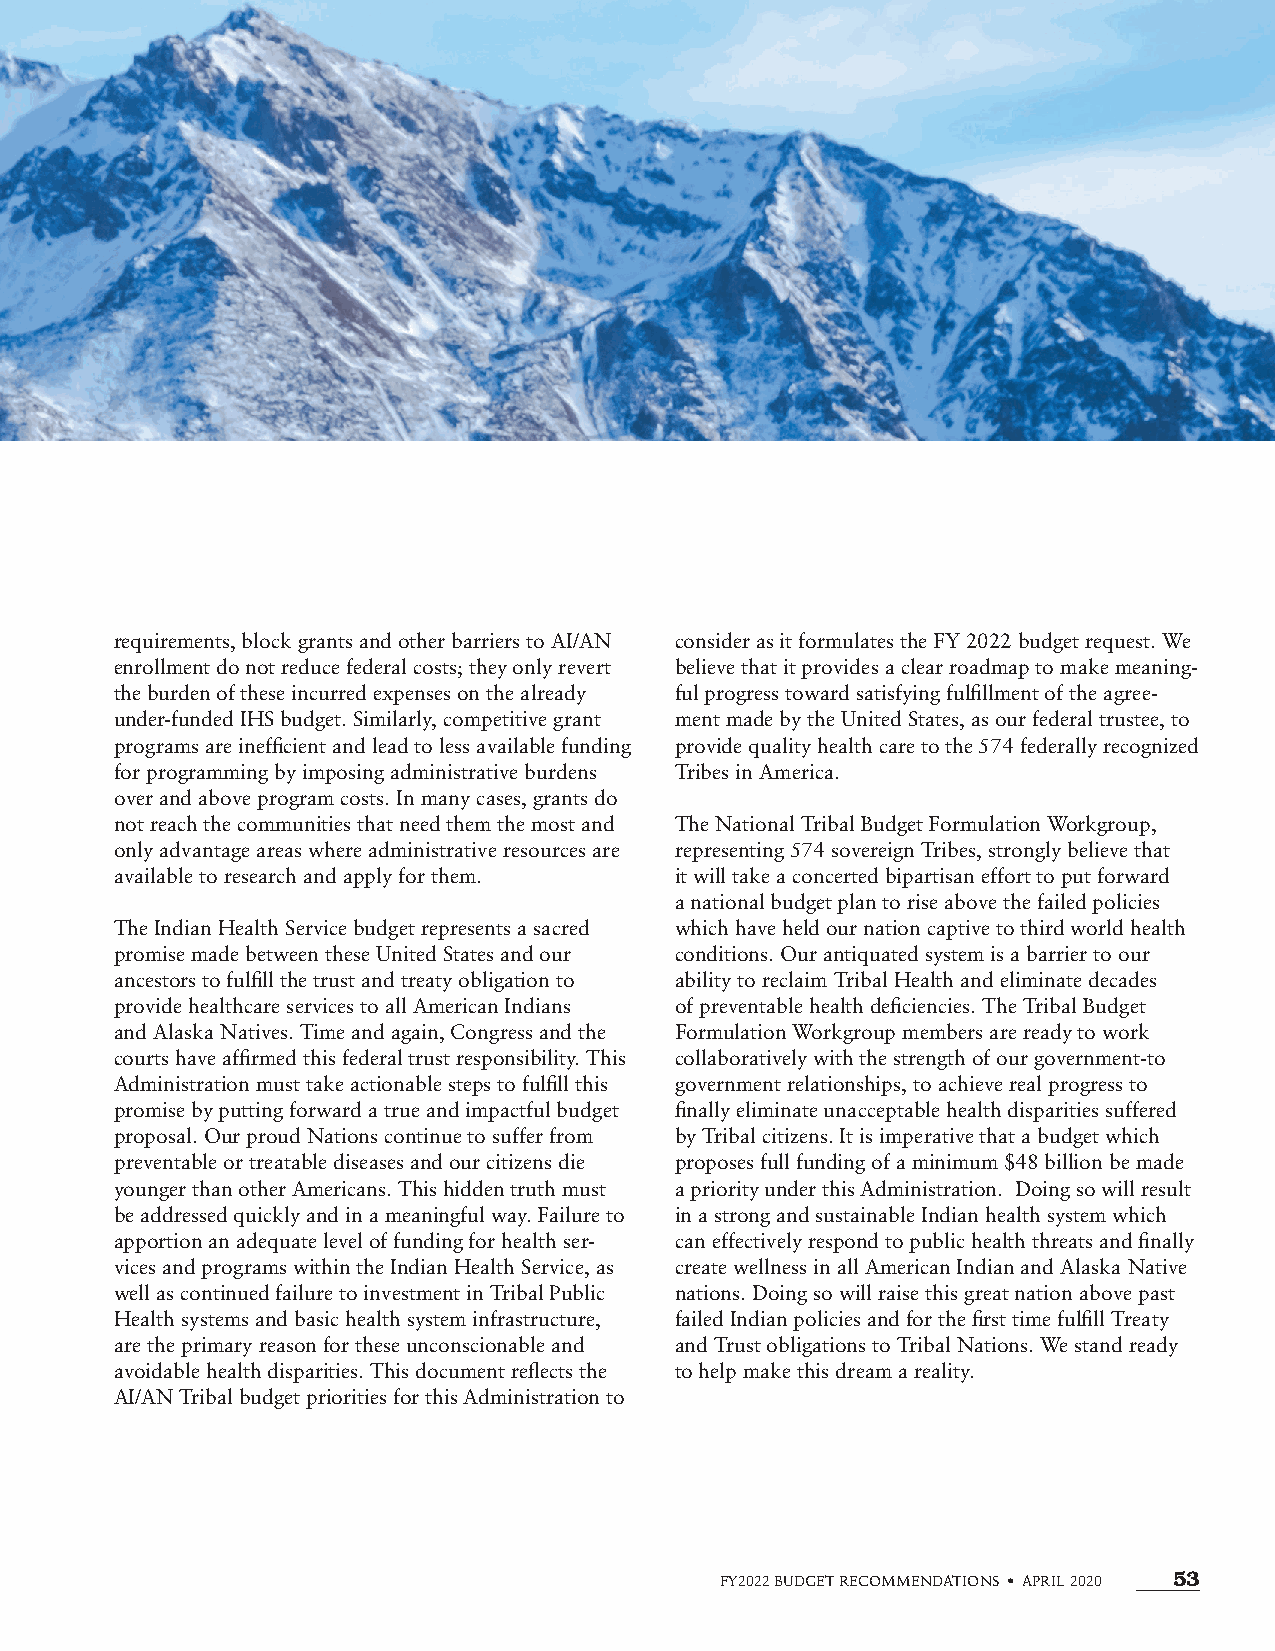
requirements, block grants and other barriers to AI/AN consider as it formulates the FY 2022 budget request. We
 enrollment do not reduce federal costs; they only revert believe that it provides a clear roadmap to make meaning-
 the burden of these incurred expenses on the already ful progress toward satisfying fulfillment of the agree-
 under-funded IHS budget. Similarly, competitive grant ment made by the United States, as our federal trustee, to
 programs are inefficient and lead to less available funding provide quality health care to the 574 federally recognized
 for programming by imposing administrative burdens Tribes in America.
 over and above program costs. In many cases, grants do
 not reach the communities that need them the most and The National Tribal Budget Formulation Workgroup,
 only advantage areas where administrative resources are representing 574 sovereign Tribes, strongly believe that
 available to research and apply for them. it will take a concerted bipartisan effort to put forward
 a national budget plan to rise above the failed policies
 The Indian Health Service budget represents a sacred which have held our nation captive to third world health
 promise made between these United States and our conditions. Our antiquated system is a barrier to our
 ancestors to fulfill the trust and treaty obligation to ability to reclaim Tribal Health and eliminate decades
 provide healthcare services to all American Indians of preventable health deficiencies. The Tribal Budget
 and Alaska Natives. Time and again, Congress and the Formulation Workgroup members are ready to work
 courts have affirmed this federal trust responsibility. This collaboratively with the strength of our government-to
 Administration must take actionable steps to fulfill this government relationships, to achieve real progress to
 promise by putting forward a true and impactful budget finally eliminate unacceptable health disparities suffered
 proposal. Our proud Nations continue to suffer from by Tribal citizens. It is imperative that a budget which
 preventable or treatable diseases and our citizens die proposes full funding of a minimum $48 billion be made
 younger than other Americans. This hidden truth must a priority under this Administration. Doing so will result
 be addressed quickly and in a meaningful way. Failure to in a strong and sustainable Indian health system which
 apportion an adequate level of funding for health ser- can effectively respond to public health threats and finally
 vices and programs within the Indian Health Service, as create wellness in all American Indian and Alaska Native
 well as continued failure to investment in Tribal Public nations. Doing so will raise this great nation above past
 Health systems and basic health system infrastructure, failed Indian policies and for the first time fulfill Treaty
 are the primary reason for these unconscionable and and Trust obligations to Tribal Nations. We stand ready
 avoidable health disparities. This document reflects the to help make this dream a reality.
 AI/AN Tribal budget priorities for this Administration to
 FY2022 BUDGET RECOMMENDATIONS • APRIL 2020 53